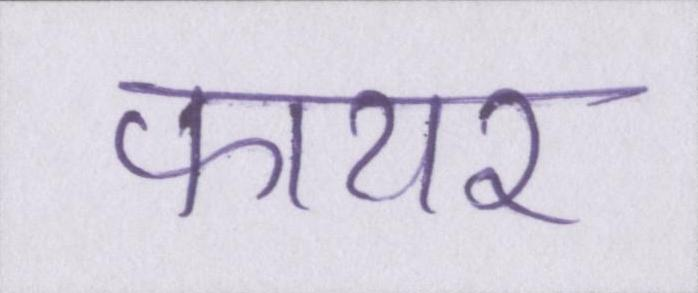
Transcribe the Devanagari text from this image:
फायर